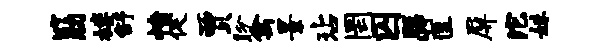
筋楼舒愤促贾盼禽景玷罔囚聪筐屏沱妹